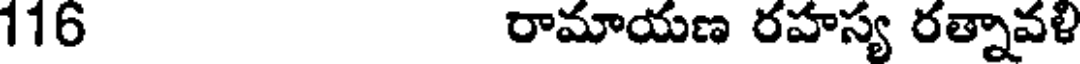
116 రామాయణ రహస్య రత్నావళి